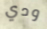
ودي